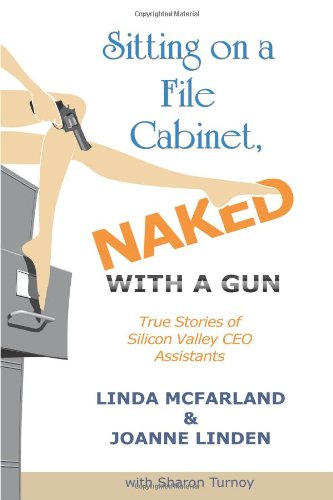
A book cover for Sitting on a File Cabinet, Naked, With a Gun: True Stories of Silicon Valley CEO Assistants; Linda McFarland; Business & Money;